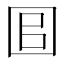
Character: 𡇑